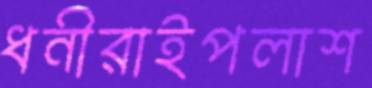
ধনীরাইপলাশ